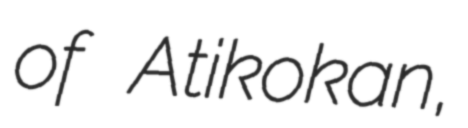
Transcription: of Atikokan,